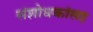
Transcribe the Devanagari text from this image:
संशोधकांसह